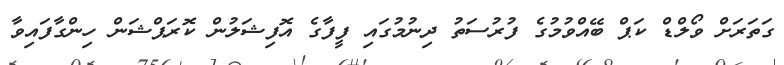
ގަތަރަށް ވޯލްޑް ކަޕް ބޭއްވުމުގެ ފުރުސަތު ދިނުމުގައި ފީފާގެ އޮފިޝަލުން ކޮރަޕްޝަން ހިންގާފައިވާ